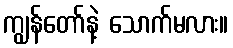
ကျွန်တော်နဲ့ သောက်မလား။